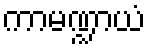
ကာမဏ္ဍာယံ